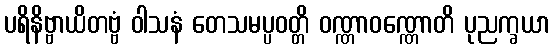
ပရိနိဗ္ဗာယိတဗ္ဗံ ဝါသနံ တေသမပ္ပဝတ္တိ ဝဏ္ဏာဝဏ္ဏောတိ ပုညက္ခယာ